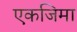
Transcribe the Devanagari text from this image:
एकजिमा